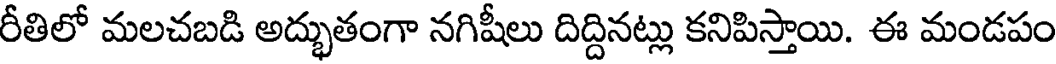
రీతిలో మలచబడి అద్భుతంగా నగిషీలు దిద్దినట్లు కనిపిస్తాయి. ఈ మండపం